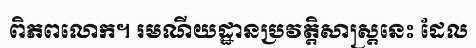
ពិភពលោក។ រមណីយដ្ឋានប្រវត្តិសាស្ត្រនេះ ដែល